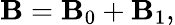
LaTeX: {\mathbf{B}}={\mathbf{B}}_{0}+{\mathbf{B}}_{1},